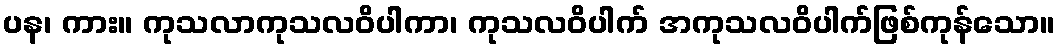
ပန၊ ကား။ ကုသလာကုသလဝိပါကာ၊ ကုသလဝိပါက် အကုသလဝိပါက်ဖြစ်ကုန်သော။